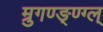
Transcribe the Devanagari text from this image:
म्रुगण्ङ्ण्ग्ल्